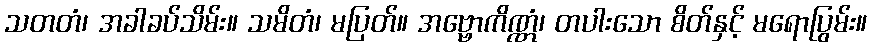
သတတံ၊ အခါခပ်သိမ်း။ သမိတံ၊ မပြတ်။ အဗ္ဗောကိဏ္ဏံ၊ တပါးသော စိတ်နှင့် မရောပြွမ်း။